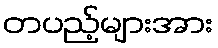
တပည့်များအား